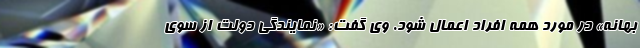
بهانه» در مورد همه افراد اعمال شود. وی گفت: «نمایندگی دولت از سوی